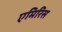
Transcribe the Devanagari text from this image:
एमिरिस